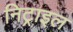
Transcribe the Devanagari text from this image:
निट्राइल